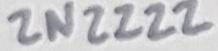
Text: 2N2222